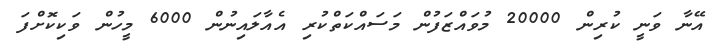
އޭނާ ވަނީ ކުރިން 20000 މުވައްޒަފުން މަސައްކަތްކުރި އެއާލައިނުން 6000 މީހުން ވަކިކޮށްފަ